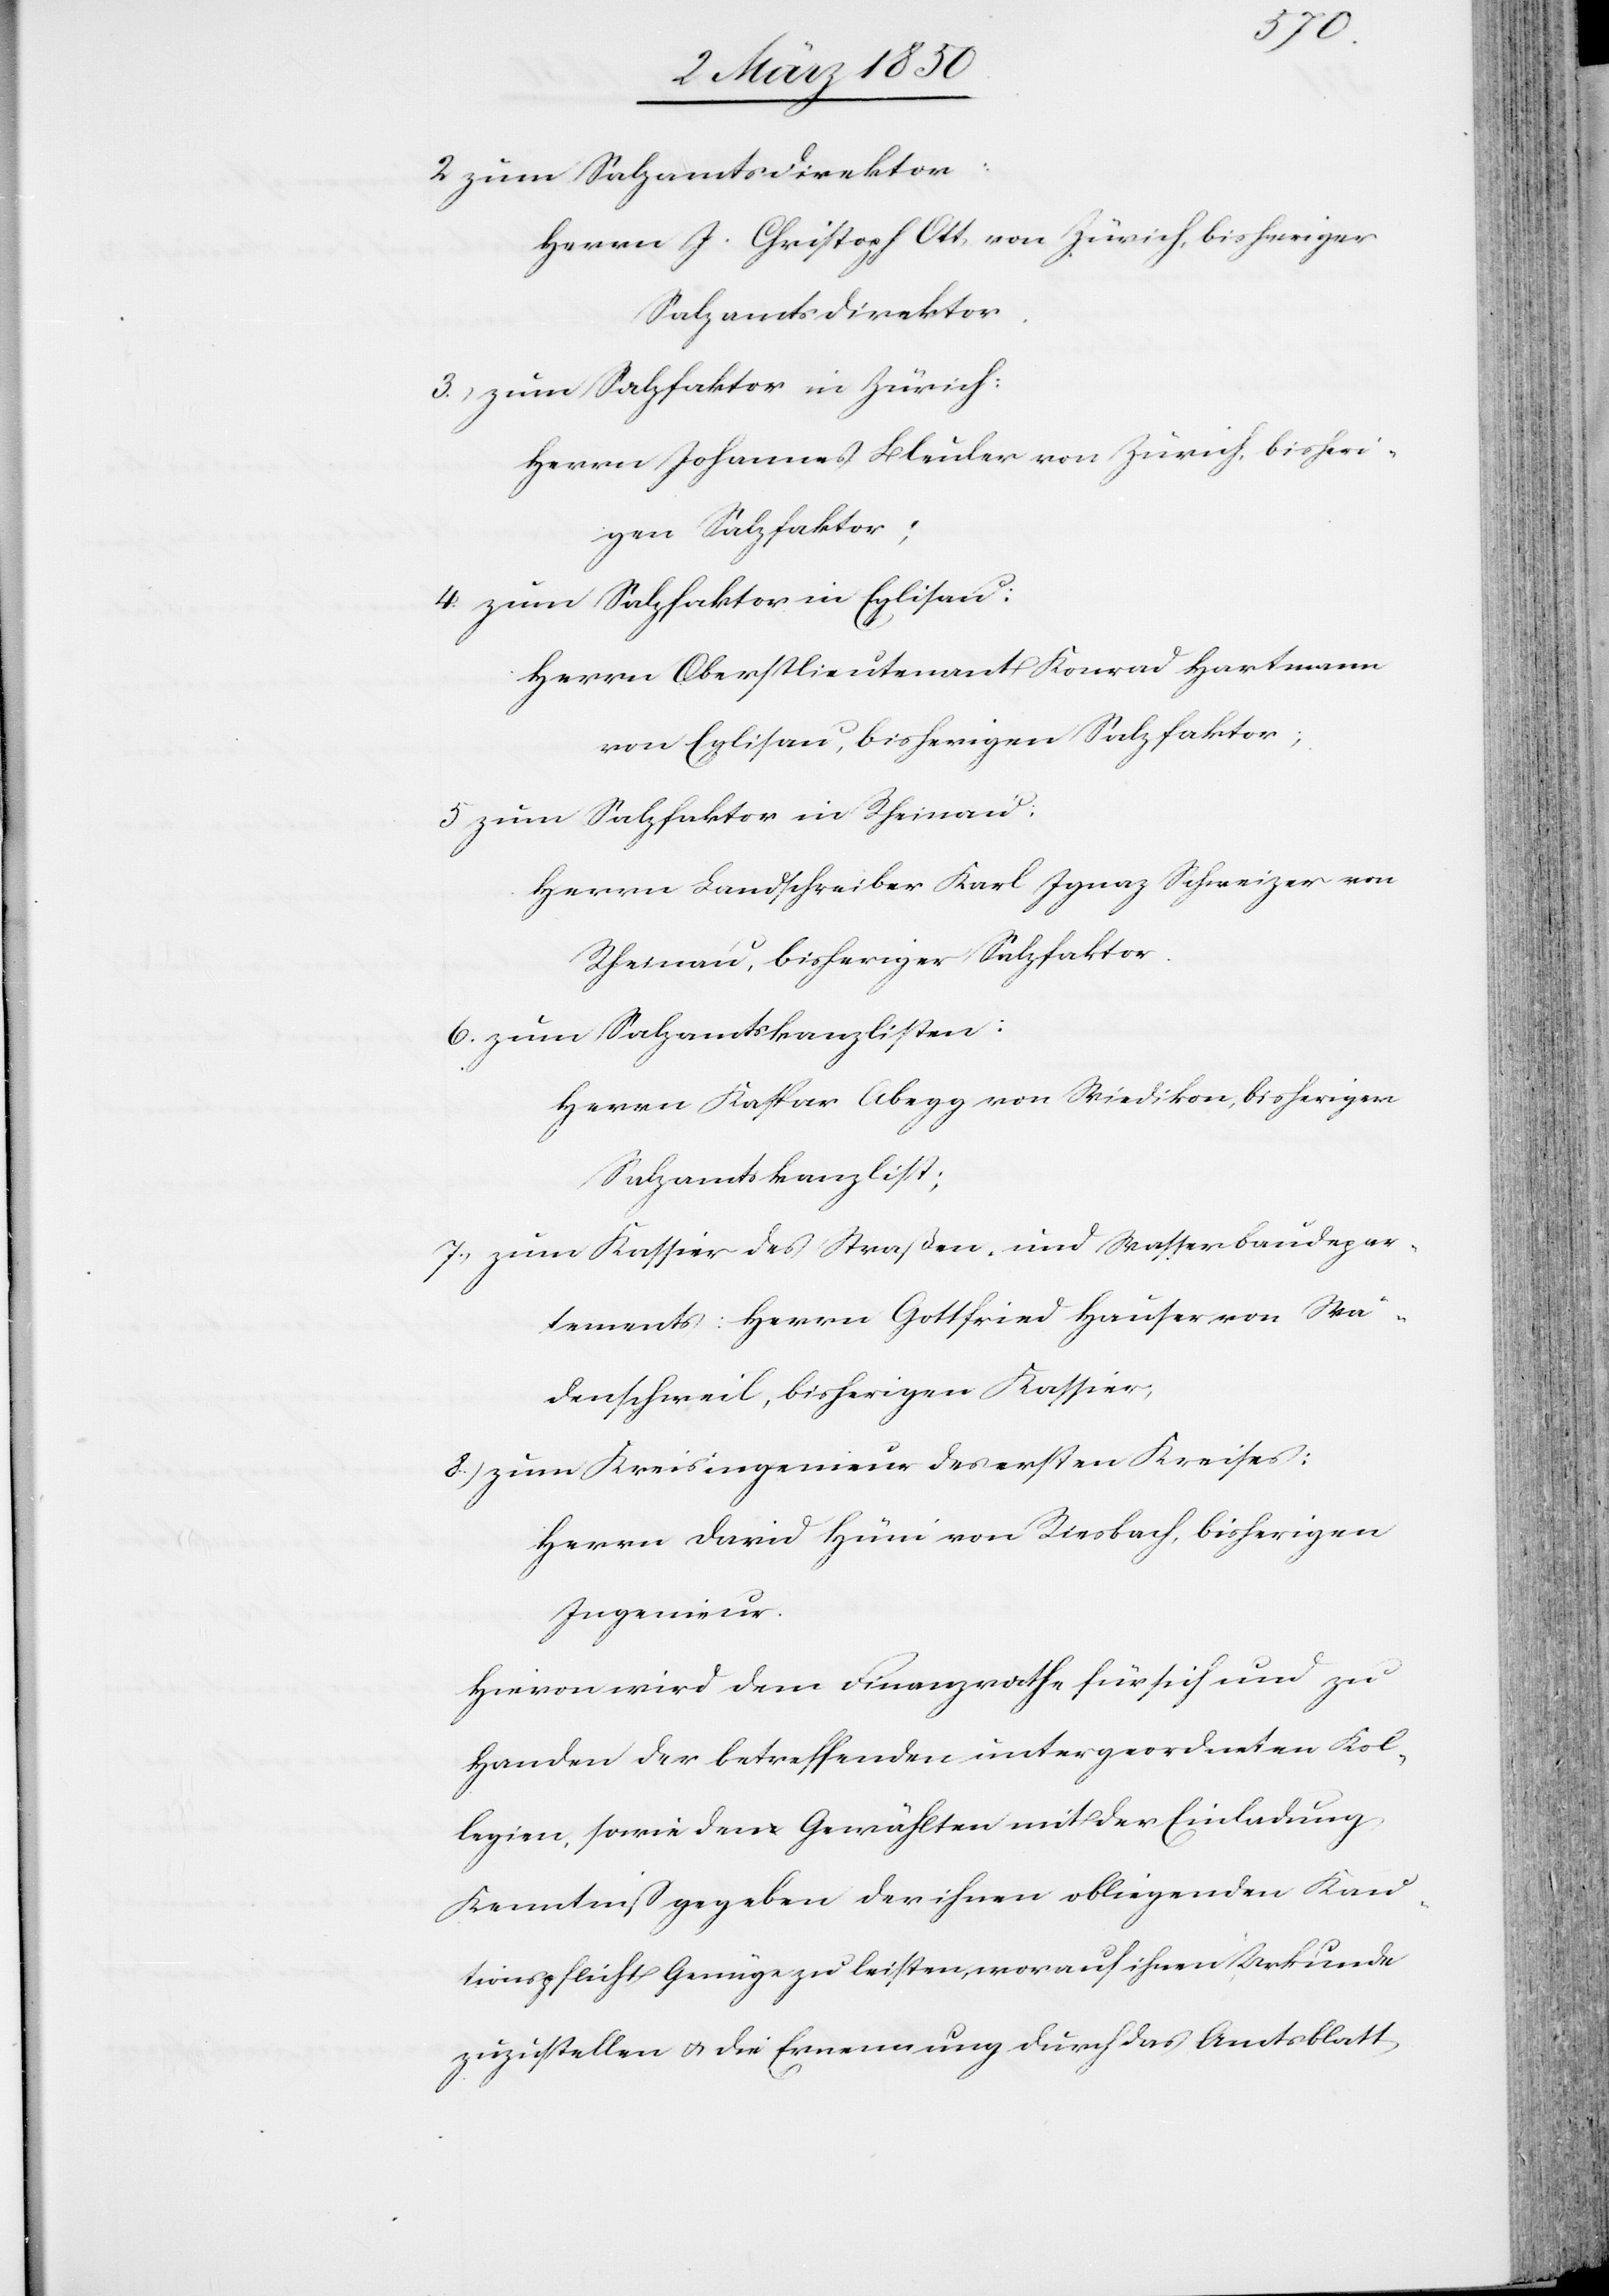
2 zum Salzamtsdirektor:
Herrn J. Christoph Ott von Zürich, bisheriger
Salzamtsdirektor.
3.) zum Salzfaktor in Zürich:
Herrn Johannes Bleuler von Zürich, bisheri¬
gen Salzfaktor;
4. zum Salzfaktor in Eglisau:
Herrn Oberstlieutenant Konrad Hartmann
von Eglisau, bisherigen Salzfaktor;
5 zum Salzfaktor in Rheinau:
Herrn Landschreiber Karl Ignaz Schweizer von
Rheinau, bisheriger Salzfaktor.
6. zum Salzamtskanzlisten:
Herrn Kaspar Abegg von Wiedikon, bisheriger
Salzamtskanzlist;
7.) zum Kassier des Straßen- und Wasserbaudepar¬
tements: Herrn Gottfried Hauser von Wä¬
denschweil, bisherigen Kassier;
8.) zum Kreisingenieur des ersten Kreises:
Herrn David Hüni von Riesbach, bisherigen
Ingenieur.
Hievon wird dem Finanzrathe für sich und zu
Handen der betreffenden untergeordneten Kol¬
legien, sowie den Gewählten mit der Einladung
Kenntniß gegeben der ihnen obliegenden Kau¬
tionspflicht Genüge zu leisten, worauf ihnen Urkunde
zuzustellen u. die Ernennung durch das Amtsblatt